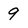
Character: 9